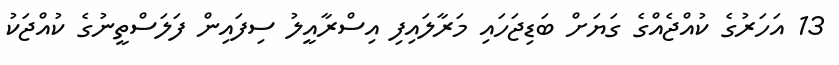
13 އަހަރުގެ ކުއްޖެއްގެ ގަޔަށް ބަޑިޖަހައި މަރާލައިފި އިސްރާއީލު ސިފައިން ފަލަސްތީނުގެ ކުއްޖަކު